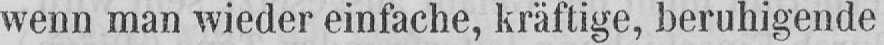
wenn man wieder einfache, kräftige, beruhigende